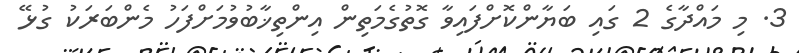
3. މި މައްދާގެ 2 ގައި ބަޔާންކޮށްފައިވާ ގޮތުގެމަތިން އިންތިޚާބުވުމަށްފަހު މެންބަރަކު ގުޅޭ